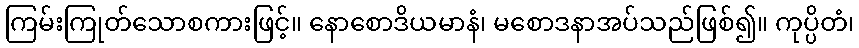
ကြမ်းကြုတ်သောစကားဖြင့်။ နောစောဒိယမာနံ၊ မစောဒနာအပ်သည်ဖြစ်၍။ ကုပ္ပိတံ၊